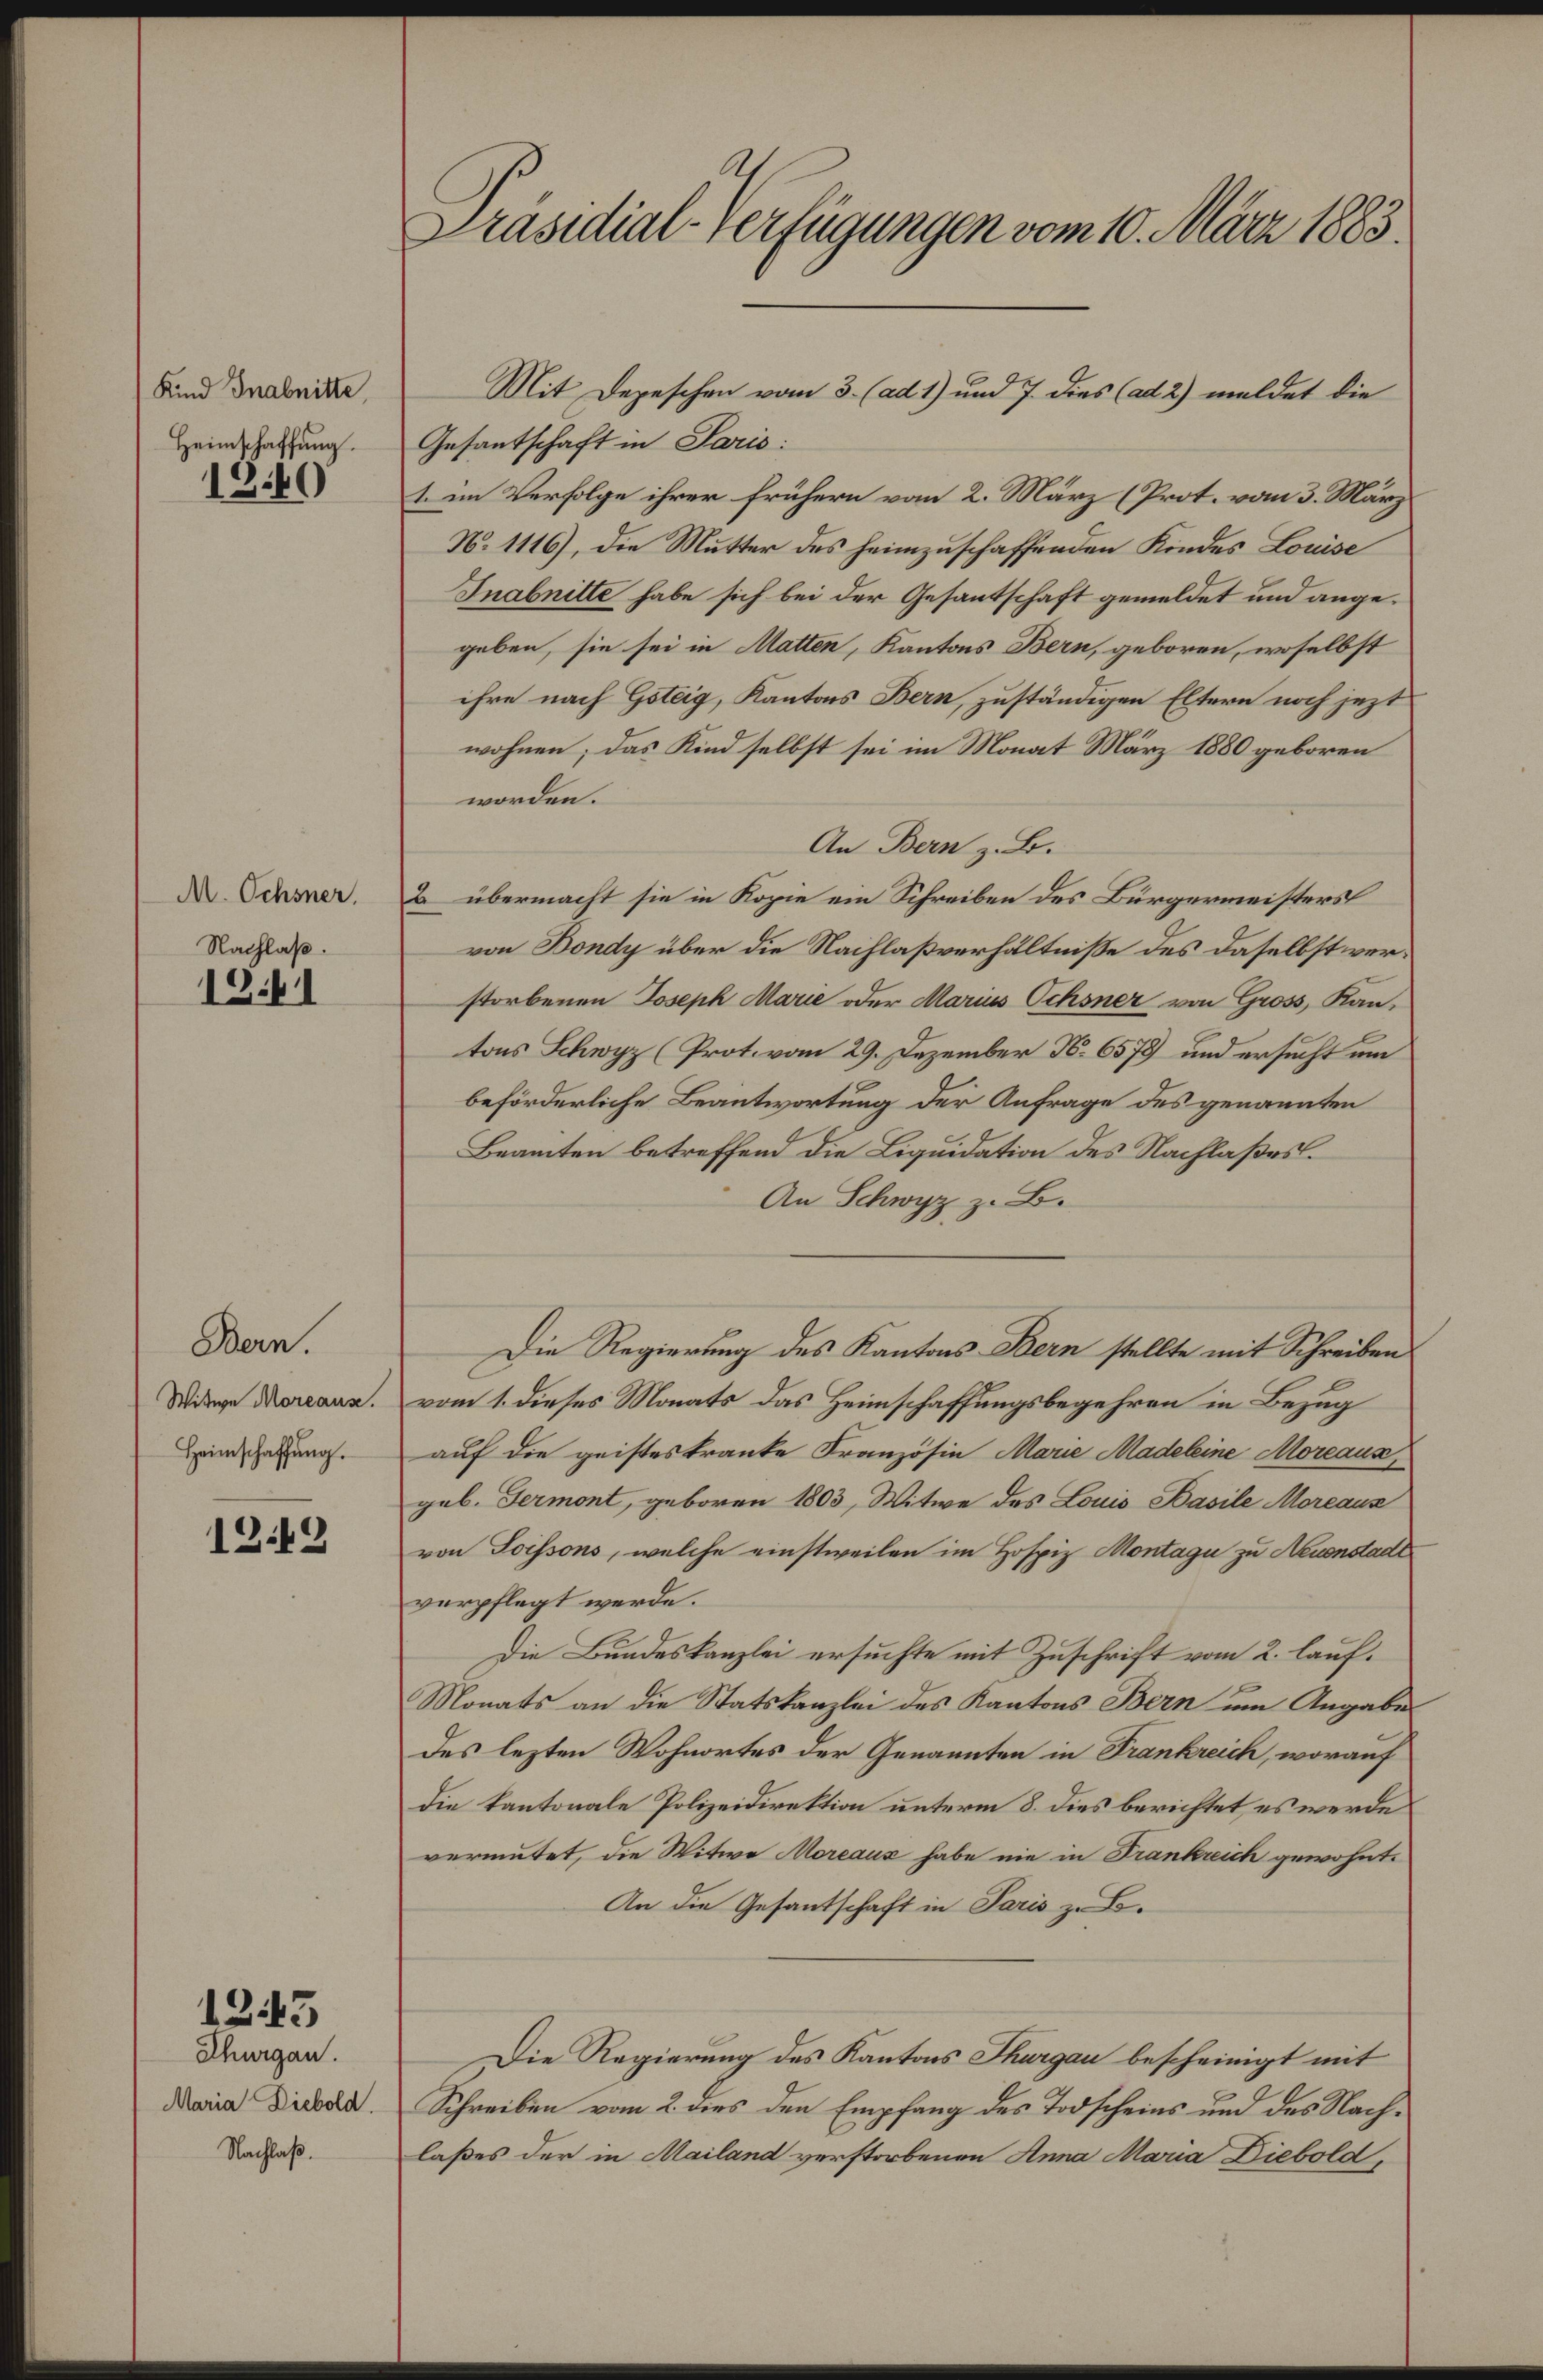
Kind Inabnitte,
Heimschaffung.

M. Ochsner,
Nachlaß.

1241

Bern.
Witwe Moreaus.
Heimschaffŭng.

1249

1243

Thurgau.
Maria Diebold.
Nachlaß.

Präsidial-Verfügungen vom 10. März 1883.

Gesantschaft in Paris:
1. im Verfolge ihrer frühern vom 2. März (Prot. vom 3. März
N. 1116), die Mutter des heimzuschaffenden Kindes Louise
Inabnitte habe sich bei der Gesantschaft gemeldet und angegeben, sie sei in Matten, Kantons Bern, geboren, woselbst
ihre nach Göteig, Kantons Bern, zuständigen Eltern noch jezt
wohnen; das Kind selbst sei im Monat März 1880 geboren
worden.
An Bern z. B.
2 übermacht sie in Kopie ein Schreiben des Bürgermeisters
von Bondy über die Nachlaßverhältnisse des daselbst verstorbenen Joseph Marie oder Marius Ochsner von Gross, Kantons Schwyz (Prot. vom 29. Dezember N. 6578 und ersucht um
beförderliche Beantwortung der Anfrage des genannten
Beamten betreffend die Liquidation des Nachlaßes
An Schwyz z. B.
Die Regierung des Kantons Bern stellte mit Schreiben
vom 1. dieses Monats das Heimschaffungsbegehren in Bezug
auf die geisteskranke Französin Marie Madeleine Moreaus
geb. Fermont, geboren 1803, Witwe des Louis Basile Moreaus
von Soissons, welche einstweilen im Hospiz Montag zu Neuenstadt
verpflegt werde.
Die Bundeskanzlei ersuchte mit Zuschrift vom 2. lauf¬
Monats an die Statskanzlei des Kantons Bern um Angabe
des lezten Wohnortes der Genannten in Frankreich, worauf
die kantonale Polizeidirektion unterm 8. dies berichtet, es werde
vermutet, die Witwe Moreaux habe nie in Frankreich gewohnt.
An die Gesantschaft in Paris z. B.
Die Regierung des Kantons Thurgau bescheinigt mit
Schreiben vom 2 dies den Empfang des Todscheins und des Nachlaßes der in Mailand verstorbenen Anna Maria Diebold,

Mit Depeschen vom 3. (ad 1) und 7. dies (ad 2) meldet die